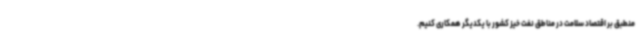
منطبق بر اقتصاد سلامت در مناطق نفت خیز کشور با یکدیگر همکاری کنیم.